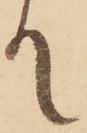
て